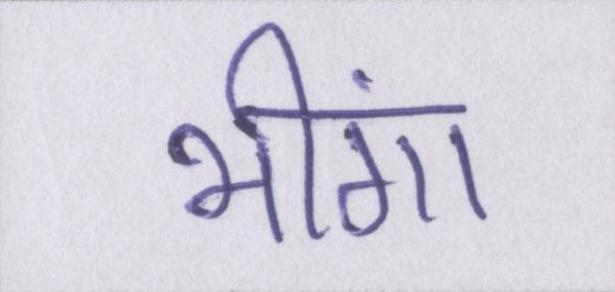
भींगा